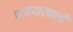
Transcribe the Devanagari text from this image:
पाण्याखालीं